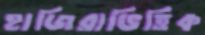
হাজিরাভিত্তিক